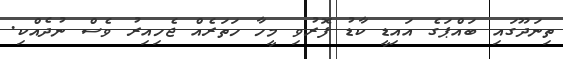
ތިނަދޫގައި ބައްޕަގެ އައިޑީ ކާޑު ފޮރުވި މީހާ ހަތަރެއް ޖެހިއިރު ވެސް ނުދެއްކި.